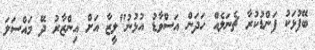
ބޭފުޅަކު ފަންޑުކުރާ ޗެނަލެއް ހަދަން އަސްވާޑު އުޅުނު"ލީޒާ އަށް އިންޒާރު ދޭ މައްސަލަ